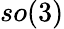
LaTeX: so(3)